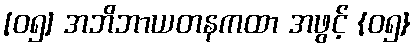
[၀၅] အဘိဘာယတနကထာ အဖွင့် {၀၅}